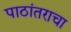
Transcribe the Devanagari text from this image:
पाठांतराचा